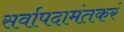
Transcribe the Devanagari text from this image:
सर्वापदामंतकरं